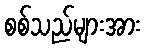
စစ်သည်များအား